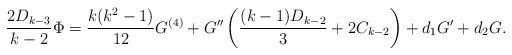
LaTeX: \begin{align*} \frac{2 D_{k-3}}{k-2} \Phi = \frac{k(k^2-1)}{12} G^{(4)} + G'' \left( \frac{(k-1)D_{k-2}}3 + 2 C_{k-2} \right) + d_1 G' + d_2 G. \end{align*}